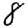
Digit: 8